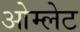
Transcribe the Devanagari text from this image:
ओम्लेट